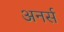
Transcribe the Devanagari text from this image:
अनर्स